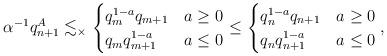
LaTeX: \begin{align*}\alpha^{-1} q_{n + 1}^A \lesssim_\times\begin{cases}q_m^{1 - a} q_{m + 1} & a \geq 0\\q_m q_{m + 1}^{1 - a} & a \leq 0\end{cases}\leq\begin{cases}q_n^{1 - a} q_{n + 1} & a \geq 0\\q_n q_{n + 1}^{1 - a} & a \leq 0\end{cases},\end{align*}